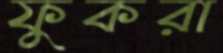
ফুকরা